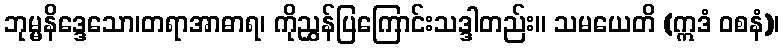
ဘုမ္မနိဒ္ဒေသော၊တရာအာဓာရ၊ ကိုညွှန်ပြကြောင်းသဒ္ဒါတည်း။ သမယေတိ (ဣဒံ ဝစနံ)၊